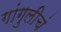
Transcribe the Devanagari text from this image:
गांगुलीचं